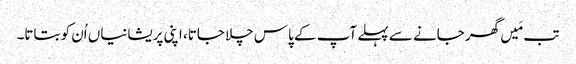
تب مَیں گھر جانے سے پہلے آپ کے پاس چلا جاتا، اپنی پریشانیاں اُن کو بتاتا۔